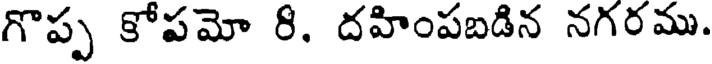
గొప్ప కోపమో 8, దహింపబడిన నగరము.